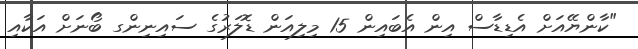
"ކާންޔޭއަށް އެޑިޑާސް އިން އެބައިން 15 މިލިއަން ޑޮލަރުގެ ސައިނިންގ ބޯނަށް އަކާއި